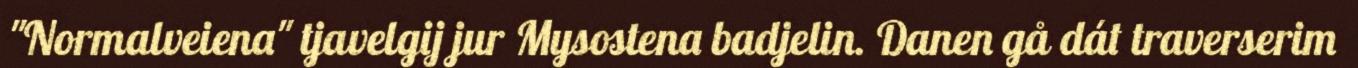
"Normalveiena" tjavelgij jur Mysostena badjelin. Danen gå dát traverserim